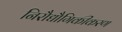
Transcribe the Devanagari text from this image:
निरौद्यौगिकीकरण